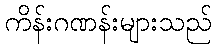
ကိန်းဂဏန်းများသည်